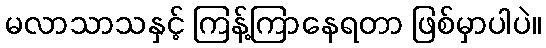
မလာသာသနှင့် ကြန့်ကြာနေရတာ ဖြစ်မှာပါပဲ။